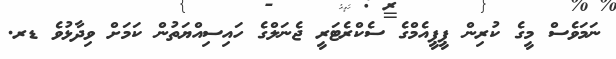
ނަމަވެސް މީގެ ކުރިން ޕީޕީއެމްގެ ސެކްރެޓަރީ ޖެނަލްގެ ހައިސިއްޔަތުން ކަމަށް ވިދާޅުވެ ޑރ.